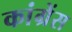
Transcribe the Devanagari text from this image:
कांग्रेंस